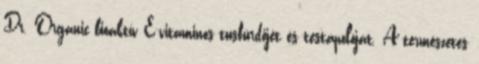
Dr. Organic bioaktív E-vitaminos tusfürdőjét és testápolóját. A természetes